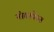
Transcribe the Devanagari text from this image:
नोवाकेन